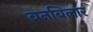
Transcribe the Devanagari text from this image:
बनबिलार